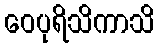
ဝေပုရိသိကာသိ